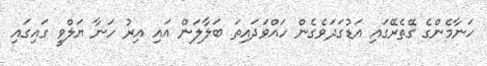
ހަނާމެންގެ ގޭތެރޭގައި އަޑުގަދަވެގެން ހައްވަދައިތަ ބަލާލަން އައި އިރު ހަނާ ޔަލްވީ ގައިގައި